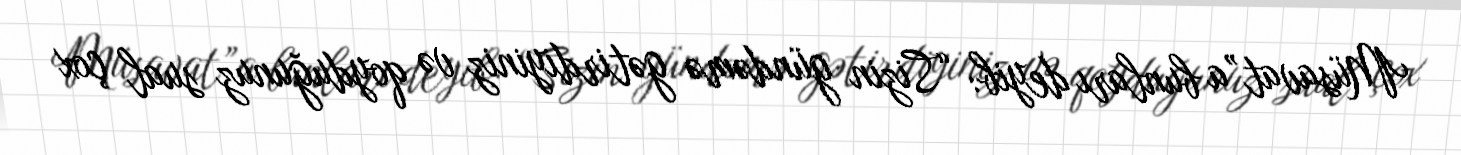
Müsavat”a bunları deyib: “Sizin gündəmə gətirdiyiniz və qoyduğunuz sual çox